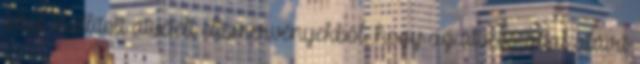
által kiállított átvételi elismervényekből, hogy az átvevő által aláírt